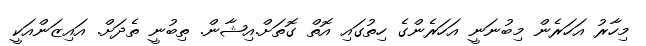
މިހާރު އަހަރެން މިބުނަނީ އަހަރެންގެ ހިތުގައި އޮތް ގޮތަށް.އިޝާން. ތިބުނީ ތެދަށް. އައިޒަންއަކީ